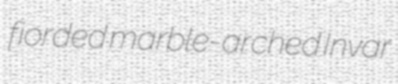
fiorded marble-arched Invar